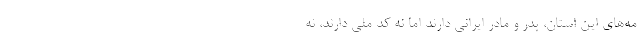
مه‌هاي اين استان، پدر و مادر ايراني دارند اما نه كد ملي دارند، نه